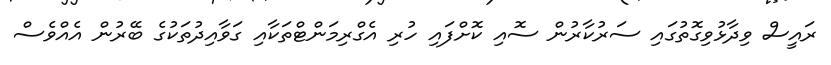
ރައީސް ވިދާޅުވިގޮތުގައި ސަރުކާރުން ސޮއި ކޮށްފައި ހުރި އެގްރިމަންޓްތަކާއި ގަވާއިދުތަކުގެ ބޭރުން އެއްވެސް